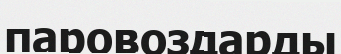
паровоздарды